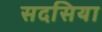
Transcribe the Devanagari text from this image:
सदसिया